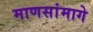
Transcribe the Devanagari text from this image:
माणसांमागे